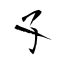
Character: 孓